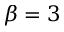
\boldsymbol \beta = 3